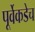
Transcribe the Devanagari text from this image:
पूर्वेकडेच